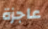
عاجزة